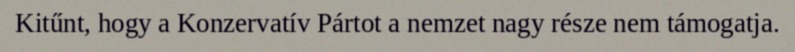
Kitűnt, hogy a Konzervatív Pártot a nemzet nagy része nem támogatja.